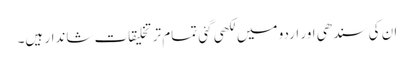
ان کی سندھی اور اردو میں لکھی گئی تمام تر تخلیقات شاندار ہیں۔